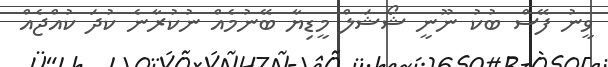
ވީނު ފޭސް ބުކު ނޫނީ ޝޯޝަލް މީޑިޔާ ބޭނުމެއް ނުކުރާނެ ކުދަ ކުއްޖެއް